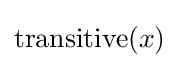
{\text{transitive}}(x)